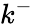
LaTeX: k^{-}